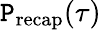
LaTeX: \mathtt{P}_{\mathrm{{recap}}}(\tau)